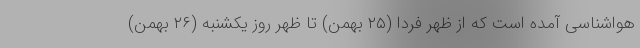
هواشناسی آمده است که از ظهر فردا (۲۵ بهمن) تا ظهر روز یکشنبه (۲۶ بهمن)